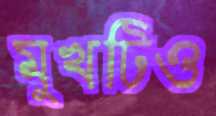
মুখটিও